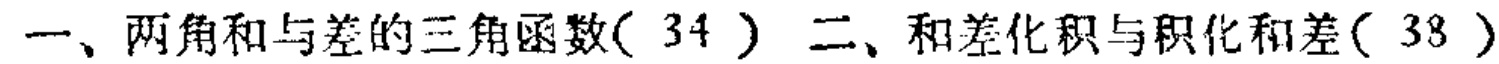
一、两角和与差的三角函数( 34 ) 二、和差化积与积化和差( 38 )